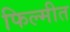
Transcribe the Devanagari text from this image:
फिल्मीत